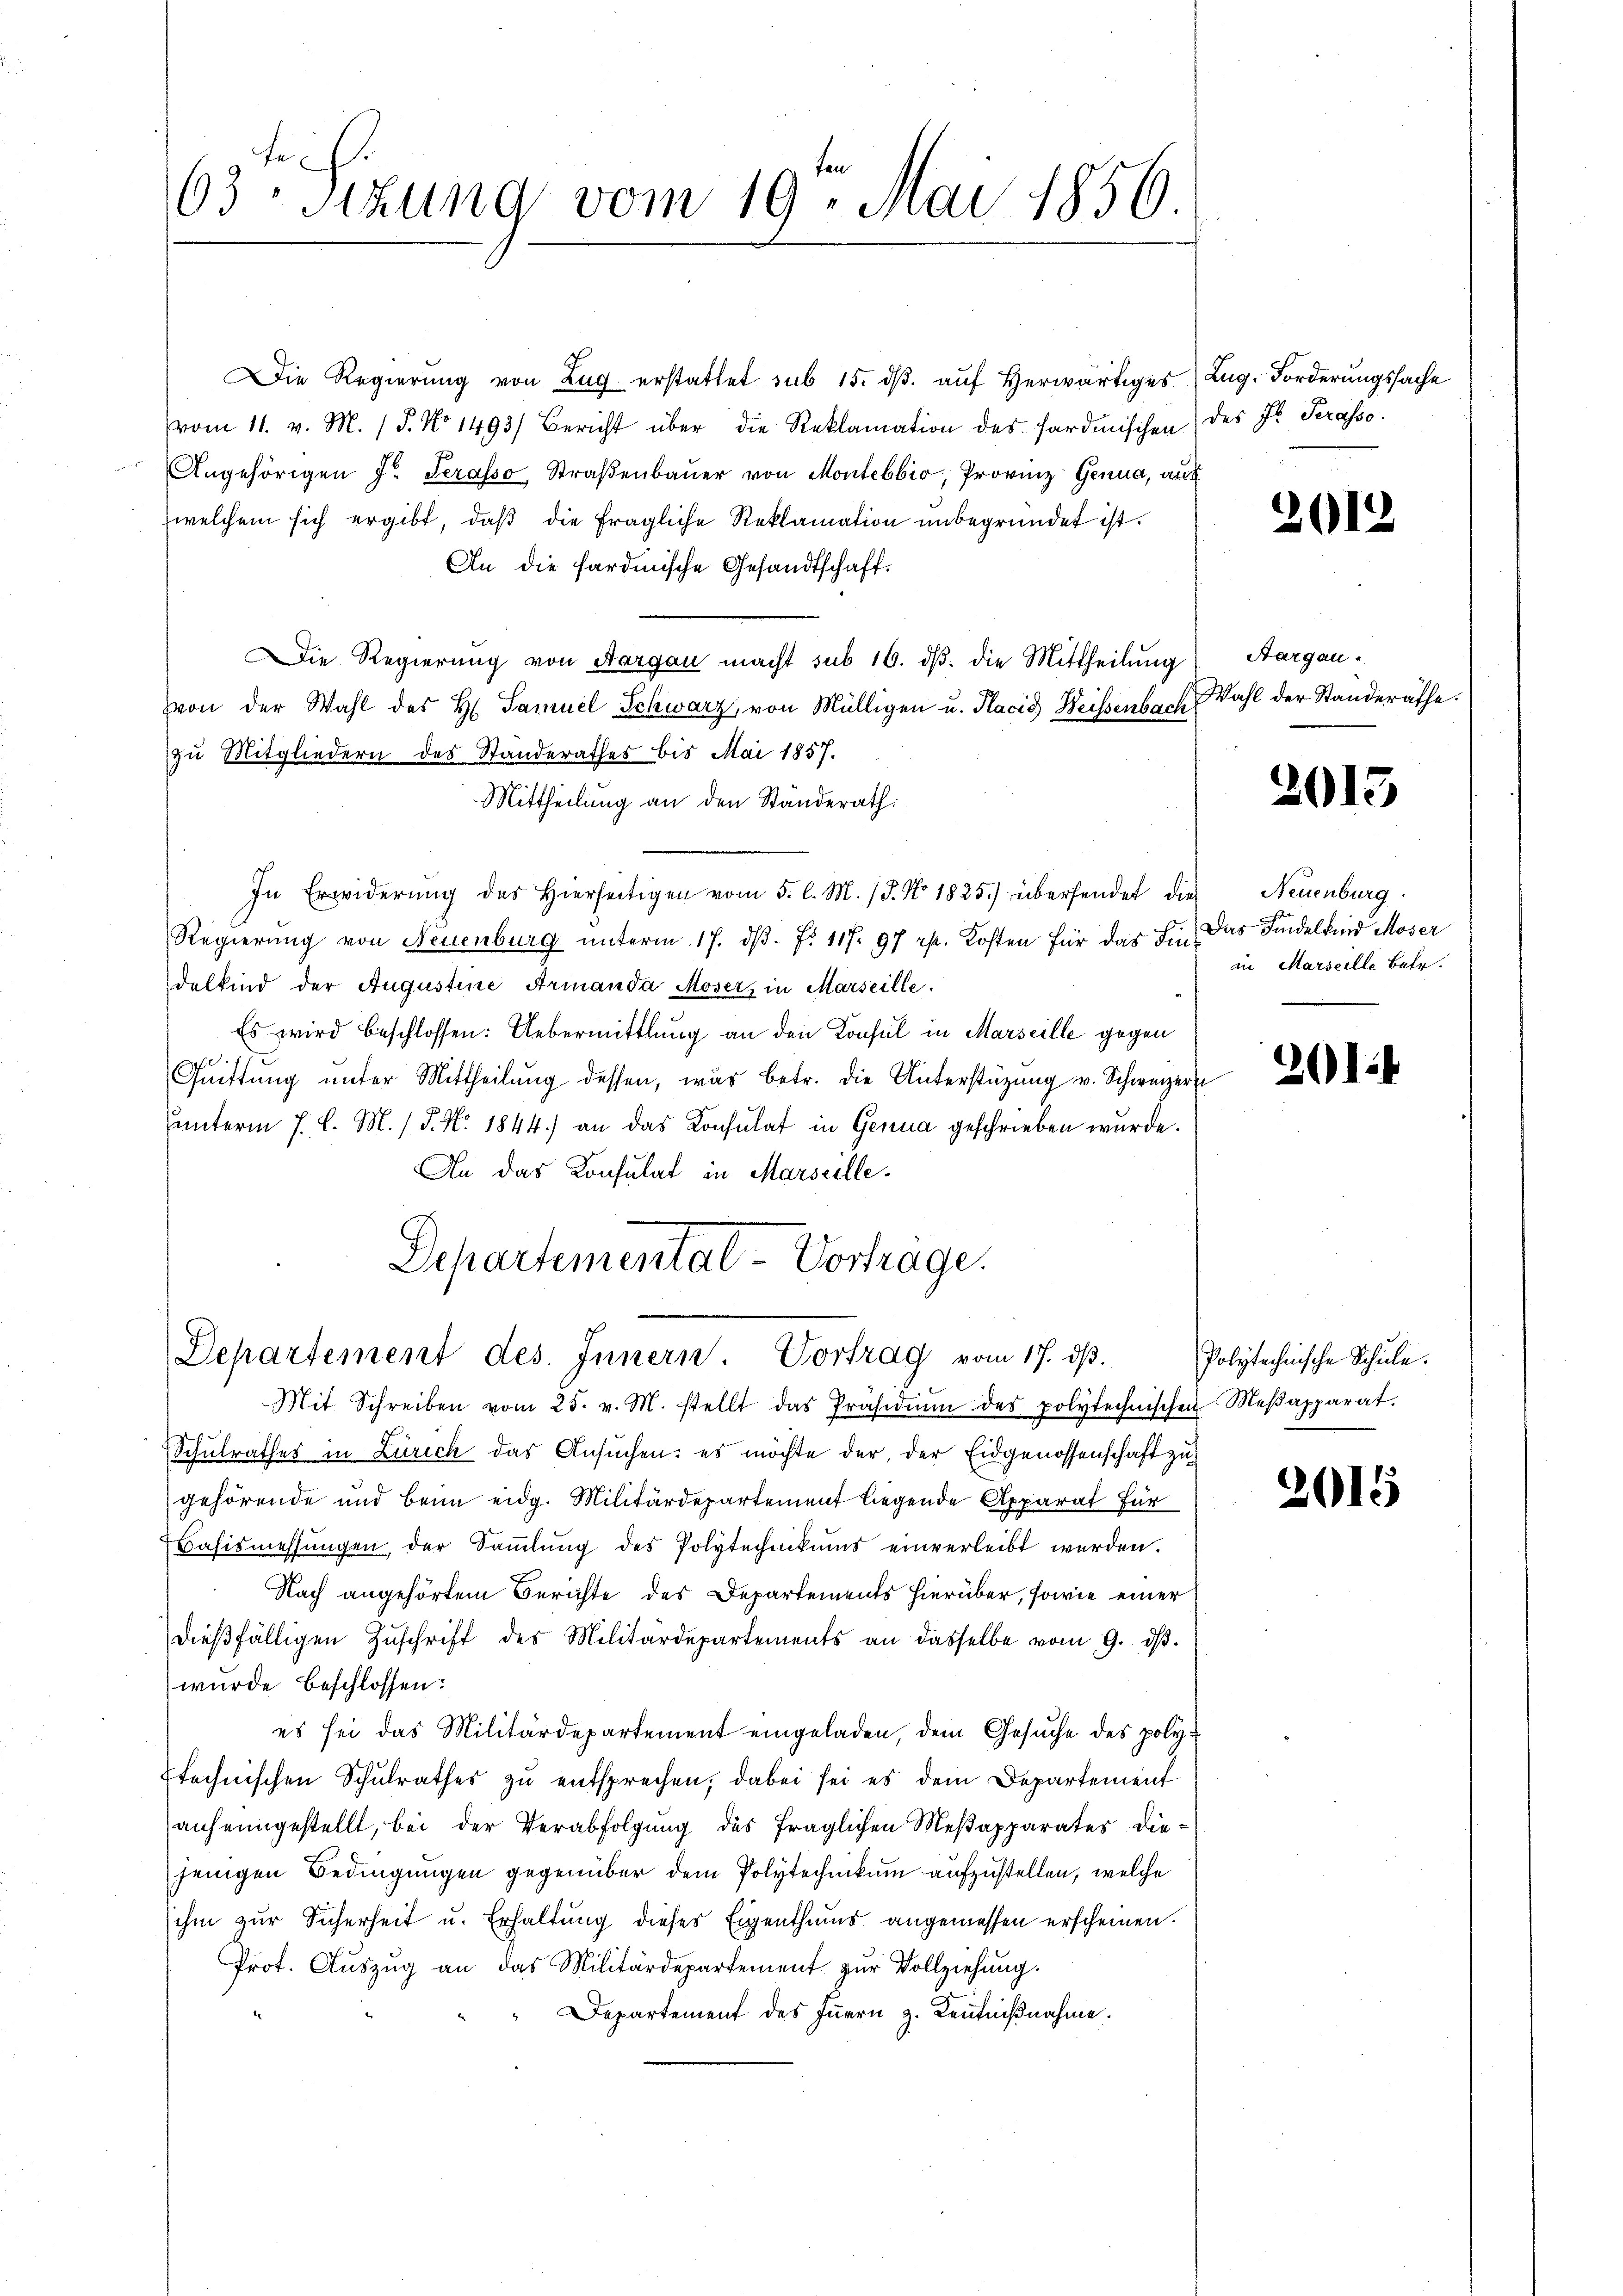
63. Sizung vom 19. Mai 1856.

Die Regierung von Zug erstattet sub 15. dβ aŭf herwärtiges (Lug. Forderungssache
vom 11. v. M. (T. No 1493) Bericht über die Reklamation des Sardinischen des Fr. Serasso.
Angehörigen Fr. Serasso, Straβenbaŭer von Montebbio, Provinz Genua, auf
welchem sich ergibt, daß die fragliche Reklamation unbegründet ist.
An die fardmische Gesandtschaft.
Die Regierung von Aargau macht sub 16. dβ. die Mittheilung
von der Wahl des H. Samuel Schwarz, von Mülligen u. Placid Weisenbach
zu Mitgliedern des Standerathes bis Mai 1857.
Mittheilung an den Ständerath:
In Erwiderŭng des hierseitigen vom 5. l. M. / 5. No. 1825.) übersendet die Neuenburg
Regierung von Neuenburg ŭnterm 17. dβ. f. 117. 97 rp. Kosten für das Ein das Findelkind Moser
delkind der Augustine Armanda Mosers in Marseille.
Es wird beschlossen: Uebermittlung an den Konsul in Marseille gegen
.
Quittŭng ŭnter Mittheilŭng dessen, was betr. die Unterstüzung v. Schweizern
hunterm 1. l. M. / P. Nr. 1844.) an das Konsulat in Genua geschrieben wurde.
An das Konsulat in Marseille¬
Departemental-Vortrage.

Departement des Innern. Vortrag vom 17. dβ.

Mit Schreiben vom 25. v. M. stellt das Präsidiŭm des polytechnischen Meβapparat.
Schulrathes in Zürich das Ansŭchen: es möchte der, der Eidgenossenschaft zu
gehörende und beim eidg. Militärdepartement liegende Apparat für
Bahismessungen, der Sammlung des Polytechnikums einverleibt werden.
Nach angehörtem Berichte des Departements hierüber, sowie einer
dieβfälligen Zŭschrift des Militärdepartements an dasselbe vom 9. dβ.
wurde beschlossen:
es sei das Militärdepartement eingeladen, dem Gesuche des poly¬
Etechnischen Schulrathes zŭ entsprechen; dabei sei es dein Departement
anfeingestellt, bei der Verabfolgung des fraglichen Meßapparates diejenigen Bedingungen gegenüber dem Polytechnikum aufzustellen, welche
ihm zur Sicherheit u. Erhaltung dieses Eigenthums angemessen erscheinen.
Prot. Aŭszŭg an das Militärdepartement zŭr Vollziehung.
Departement des Innern z. Kenntnißnahme.

201

Aargau.
Wahl der Standerathe

2015

in Marseille betr.

201

5

Polytechnische Schule.

2015